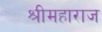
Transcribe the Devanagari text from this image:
श्रीमहाराज